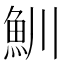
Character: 𩵙